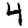
Digit: 4